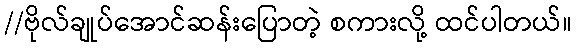
//ဗိုလ်ချုပ်အောင်ဆန်းပြောတဲ့ စကားလို့ ထင်ပါတယ်။